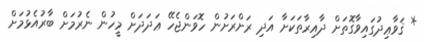
* ޤަވާޢިދުގައިވާގޮތަށް ދާއިރާތަކަށާ އަދި ރަށްރަށުން ހޮވަންޖެހޭ ޢަދަދަށް މީހުން ނެރުމަށް ބާރުއެޅުމަށް